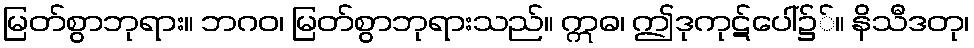
မြတ်စွာဘုရား။ ဘဂဝ၊ မြတ်စွာဘုရားသည်။ ဣဓ၊ ဤဒုကုဋ်ပေါ်၌်။ နိသီဒတု၊